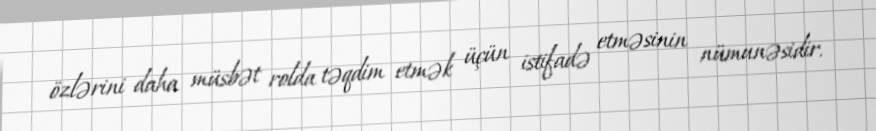
özlərini daha müsbət rolda təqdim etmək üçün istifadə etməsinin nümunəsidir.